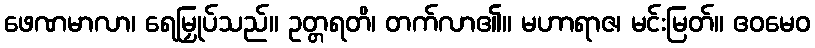
ဖေဏမာလာ၊ ရေမြှုပ်သည်။ ဥတ္တရတိ၊ တက်လာ၏။ မဟာရာဇ၊ မင်းမြတ်။ ဧဝမေဝ